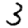
Digit: 3